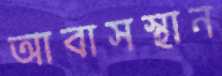
আবাসস্থান